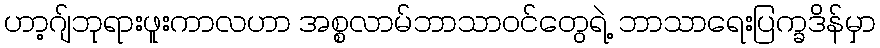
ဟာ့ဂျ်ဘုရားဖူးကာလဟာ အစ္စလာမ်ဘာသာဝင်တွေရဲ့ ဘာသာရေးပြက္ခဒိန်မှာ